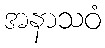
အနာသဝံ